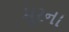
મૂરના